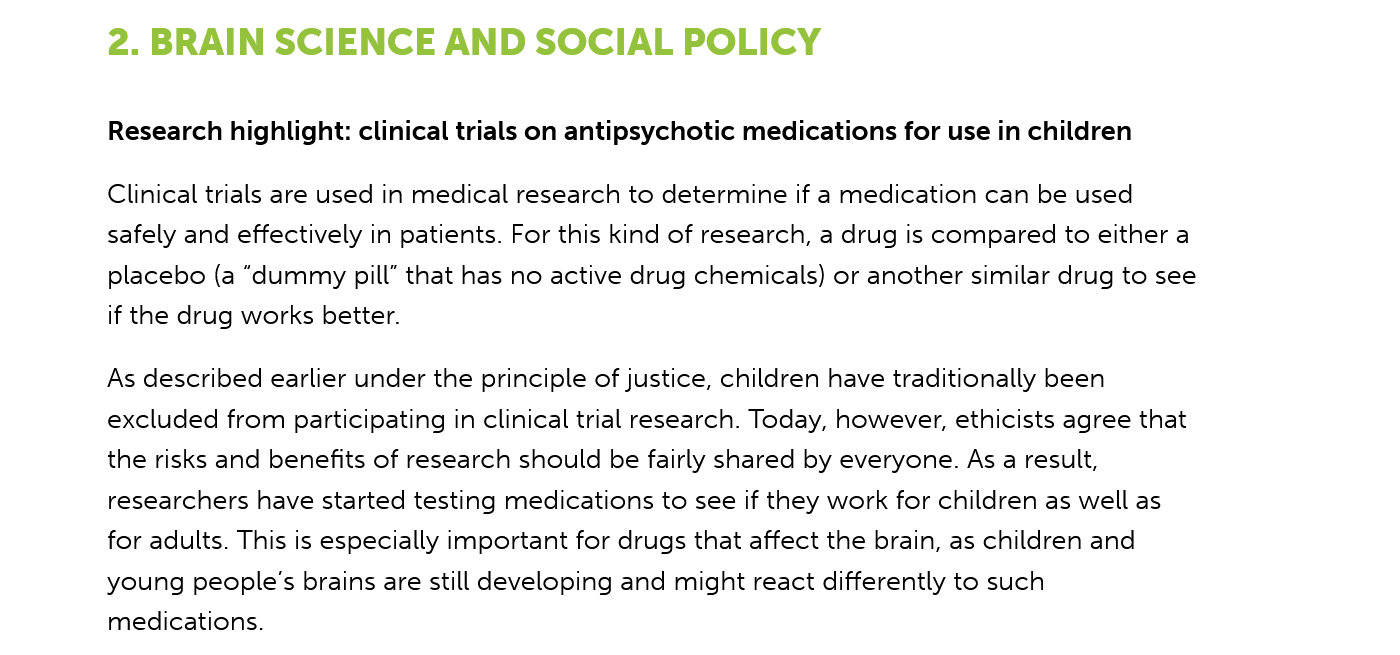
2. BRAIN    SCIENCE    AND    SOCIAL    POLICY
     Research highlight: clinical trials on antipsychotic medications for use in children
     Clinical trials are used in medical research to determine if a medication can be used
     safely and effectively in patients. For this kind of research, a drug is compared to either a
     placebo (a “dummy pill” that has no active drug chemicals) or another similar drug to see
     if the drug works better.
     As described earlier under the principle of justice, children have traditionally been
     excluded from participating in clinical trial research. Today, however, ethicists agree that
     the risks and benefits of research should be fairly shared by everyone. As a result,
     researchers have started testing medications to see if they work for children as well as
     for adults. This is especially important for drugs that affect the brain, as children and
     young people's brains are still developing and might react differently to such
     medications.